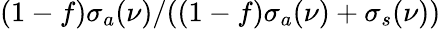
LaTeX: (1-f)\sigma_{a}(\nu)/((1-f)\sigma_{a}(\nu)+\sigma_{s}(\nu))